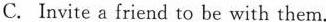
C. Invite a friend to be with them.